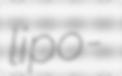
lipo-